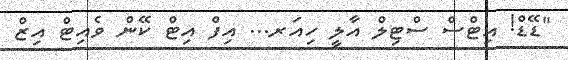
"ޑޭޑް! އިޓްސް ސްޓިލް އާލީ ހިއަރ... އިފް އިޓް ކޭން ވެއިޓް އިޒް